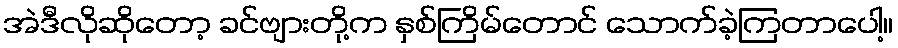
အဲဒီလိုဆိုတော့ ခင်ဗျားတို့က နှစ်ကြိမ်တောင် သောက်ခဲ့ကြတာပေါ့။